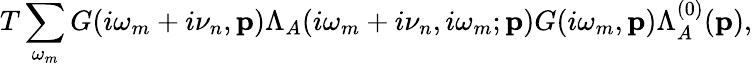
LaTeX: T\sum_{\omega_{m}}G(i\omega_{m}+i\nu_{n},{\mathbf p})\Lambda_{A}(i\omega_{m}+i\nu_{n},i\omega_{m};{\mathbf p})G(i\omega_{m},{\mathbf p})\Lambda_{A}^{(0)}({\mathbf p}),